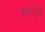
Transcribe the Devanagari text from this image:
हैरॉड्स